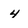
Character: 4